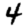
Digit: 4